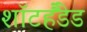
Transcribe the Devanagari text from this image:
शॉटहैंडेड